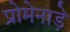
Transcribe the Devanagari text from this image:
प्रोमेनाड़े